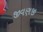
જીવણજી